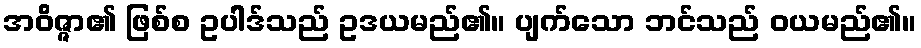
အဝိဇ္ဇာ၏ ဖြစ်စ ဥပါဒ်သည် ဥဒယမည်၏။ ပျက်သော ဘင်သည် ဝယမည်၏။